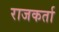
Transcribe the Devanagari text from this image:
राजकर्ता